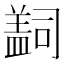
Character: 𰥄